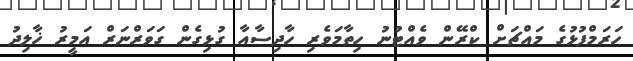
ހަރަމްފުޅުގެ މައްޗަށް ކްރޭން ވެއްޓުނު ހިތާމަވެރި ހާދިސާއާ ގުޅިގެން ގަވަރްނަރް އަމީރު ޚާލިދު